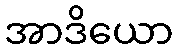
အာဒိယော